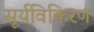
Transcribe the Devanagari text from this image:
सूर्यविकिरण